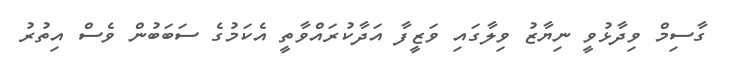
ގާސިމް ވިދާޅުވީ ނިޔާޒު ވިލާގައި ވަޒީފާ އަދާކުރައްވާތީ އެކަމުގެ ސަބަބުން ވެސް އިތުރު